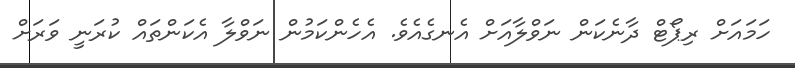
ހަމައަށް ރިޕޯޓް ދާނެކަން ނަވްލާއަށް އެނގެއެވެ. އެހެންކަމުން ނަވްލާ އެކަންތައް ކުރަނީ ވަރަށް